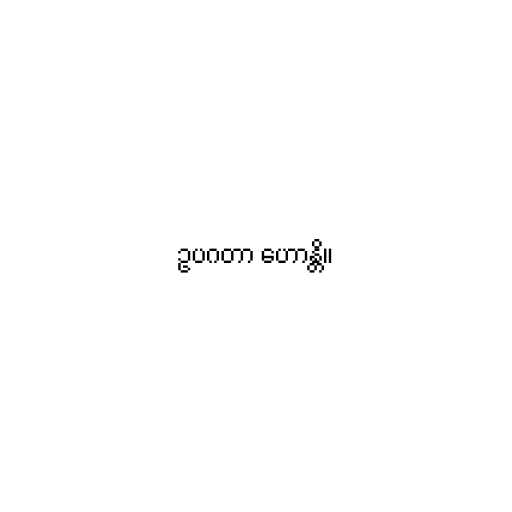
ဥပဂတာ ဟောန္တိ။